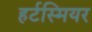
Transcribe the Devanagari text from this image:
हर्टस्मियर